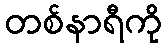
တစ်နာရီကို